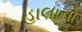
હાલાનો